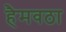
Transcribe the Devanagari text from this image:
हैमवठा